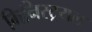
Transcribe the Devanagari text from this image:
मिनिस्ट्रयल